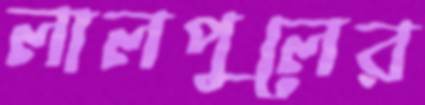
লালপুলের